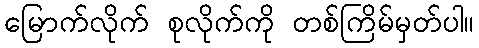
မြောက်လိုက် စုလိုက်ကို တစ်ကြိမ်မှတ်ပါ။